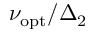
\nu _ { \mathrm { o p t } } / \Delta _ { 2 }